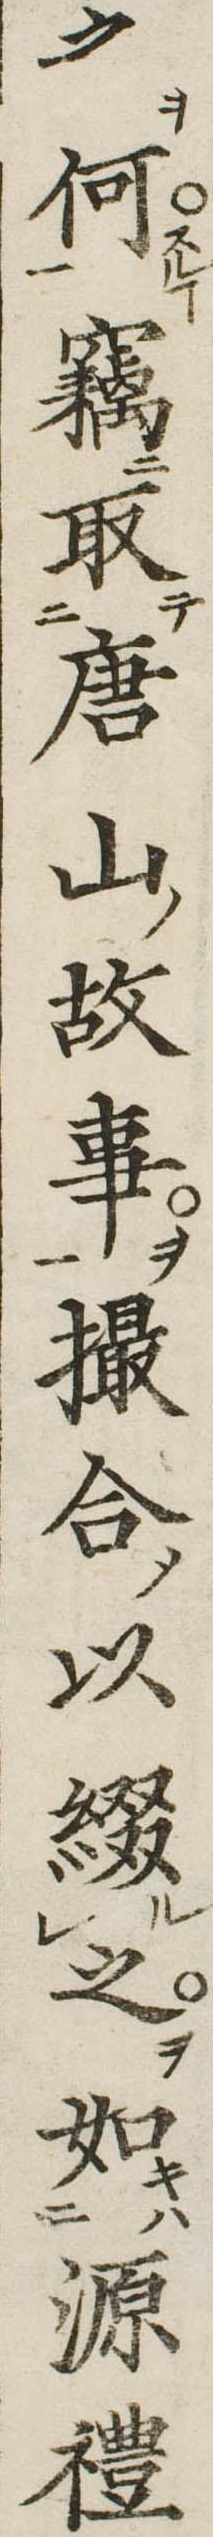
之何竊取唐山故事撮合以綴之如源礼